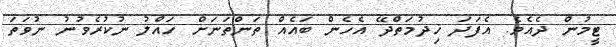
ޓީމުން ދެއެވެ. އެފަދަ ޚިދުމަތްދޭ އެހެން ބައެއް ތަންތަނަށް ހައްލު ނުކުރެވުނު ނުވަތަ